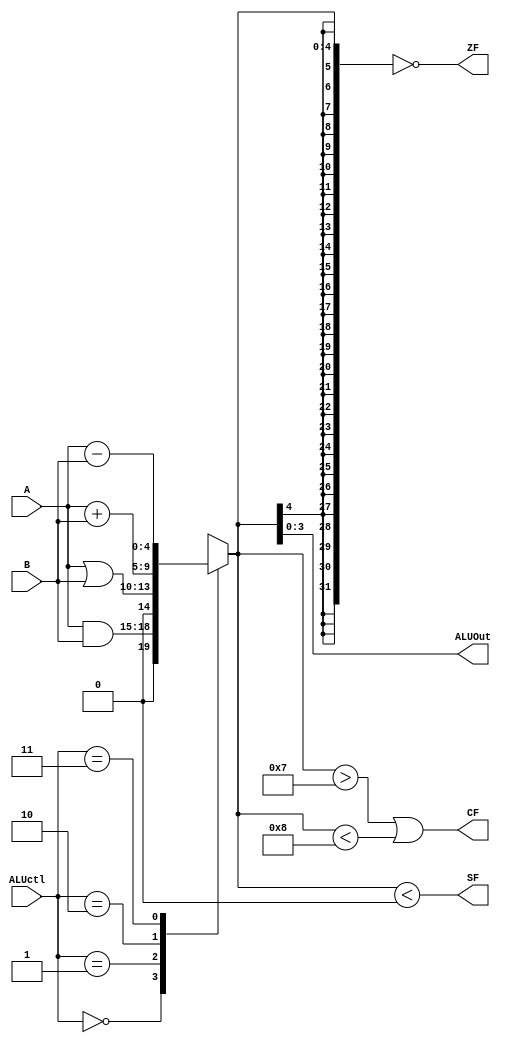
`timescale 1ns / 1ps
//////////////////////////////////////////////////////////////////////////////////
// Company: 
// Engineer: 
// 
// Design Name: 
// Module Name:    alu4 
// Project Name: 
// Target Devices: 
// Tool versions: 
// Description: 
//
// Dependencies: 
//
// Revision: 
// Revision 0.01 - File Created
// Additional Comments: 
//
//////////////////////////////////////////////////////////////////////////////////
module alu4 (
	    input wire [1:0]  ALUctl,
	    input wire [3:0]  A,B,
	    output wire [3:0] ALUOut,
	    output wire       ZF,
	    output wire       CF,
	    output 	      SF
);
   reg [4:0] 		      actualOut;
   assign ALUOut = actualOut;
   assign ZF = ($signed(actualOut)==0);
   assign CF = ($signed(actualOut) > 7 || $signed(actualOut) < -8);
   assign SF = ($signed(actualOut) < 0);
   always @(ALUctl, A, B) //reevaluate if these change
     case (ALUctl)
       0: actualOut <= A & B;
       1: actualOut <= A | B;
       2: actualOut <= $signed(A) + $signed(B);
       3: actualOut <= $signed(A) - $signed(B);
       default: actualOut <= 0;
     endcase
endmodule